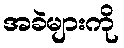
အခဲများကို